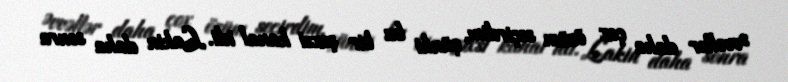
Əvvəllər daha çox özüm seçirdim, çünki bu bir şəxsi kanal idi. Lakin daha sonra